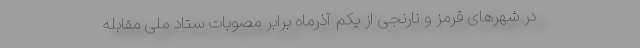
در شهرهای قرمز و نارنجی از یکم آذرماه برابر مصوبات ستاد ملی مقابله